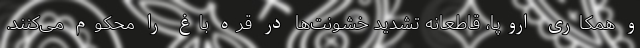
و همکاری اروپا، قاطعانه تشدید خشونت‌ها در قره باغ را محکوم می‌کنند.